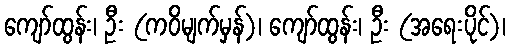
ကျော်ထွန်း၊ ဦး (ကဝိမျက်မှန်)၊ ကျော်ထွန်း၊ ဦး (အရေးပိုင်)၊